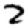
Digit: 2